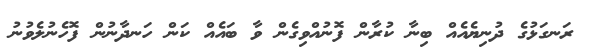
ރަނގަޅުގެ ދުނިޔެއެއް ބިނާ ކުރާން ފޮނުއްވިގެން ވާ ބައެއް ކަން ހަނދާނުން ފޮހެނުލެވުނު